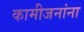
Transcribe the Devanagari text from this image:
कामीजनांना